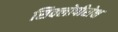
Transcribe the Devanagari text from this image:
सिक्लोपीरोक्ष